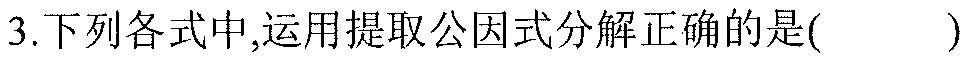
3.下列各式中,运用提取公因式分解正确的是( )